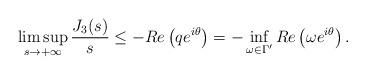
LaTeX: \begin{align*} \limsup_{s\rightarrow+\infty}\frac{J_3(s)}{s}\leq -Re\left(q e^{i\theta}\right)=-\inf_{\omega\in\Gamma^{\prime}}Re\left(\omega e^{i\theta}\right).\end{align*}